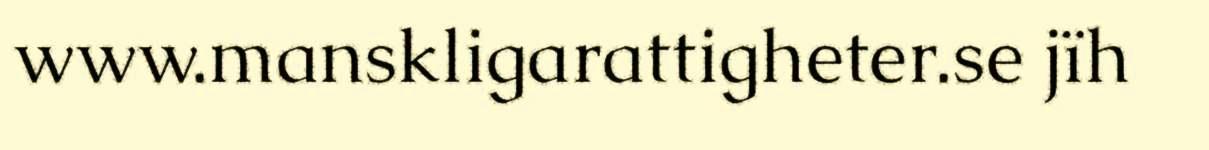
www.manskligarattigheter.se jïh